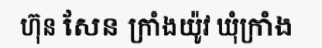
ហ៊ុន សែន ក្រាំងយ៉ូវ ឃុំក្រាំង